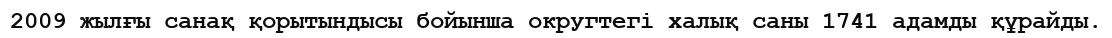
2009 жылғы санақ қорытындысы бойынша округтегі халық саны 1741 адамды құрайды.